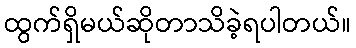
ထွက်ရှိမယ်ဆိုတာသိခဲ့ရပါတယ်။